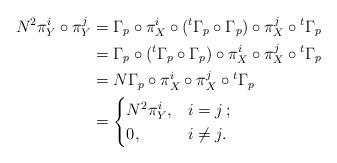
LaTeX: \begin{align*}N^2\pi_Y^i\circ \pi_Y^j & = \Gamma_p\circ \pi_X^i \circ ({}^t\Gamma_p \circ\Gamma_p)\circ \pi^j_X\circ {}^t\Gamma_p\\& = \Gamma_p\circ ({}^t\Gamma_p \circ \Gamma_p)\circ \pi^i_X\circ\pi^j_X \circ{}^t\Gamma_p\\& = N \Gamma_p\circ \pi_X^i\circ\pi_X^j \circ {}^t\Gamma_p\\& =\begin{cases} N^2\pi_Y^i, &i=j\,;\\0, &i\neq j.\end{cases}\end{align*}